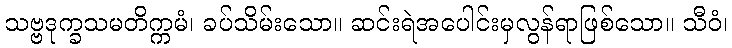
သဗ္ဗဒုက္ခသမတိက္ကမံ၊ ခပ်သိမ်းသော။ ဆင်းရဲအပေါင်းမှလွန်ရာဖြစ်သော။ သီဝံ၊